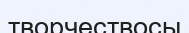
творчествосы